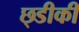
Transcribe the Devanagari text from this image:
छ्डीकी